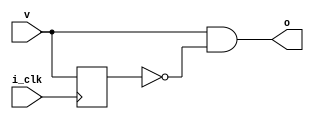
module pdetect1(i_clk, v, o);

input wire i_clk;
input wire v;
output wire o;
reg lastv;

assign o = v & ~lastv;

always @(posedge i_clk)
	lastv = v;

endmodule